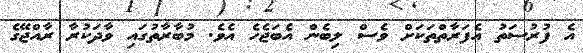
އެ ފުރުސަތު އެފަރާތްތަކަށް ވެސް ލިބެން އެބަޖެހެ އެވެ. މުބާރާތުގައި ވާދަކުރާ ރާއްޖޭގެ